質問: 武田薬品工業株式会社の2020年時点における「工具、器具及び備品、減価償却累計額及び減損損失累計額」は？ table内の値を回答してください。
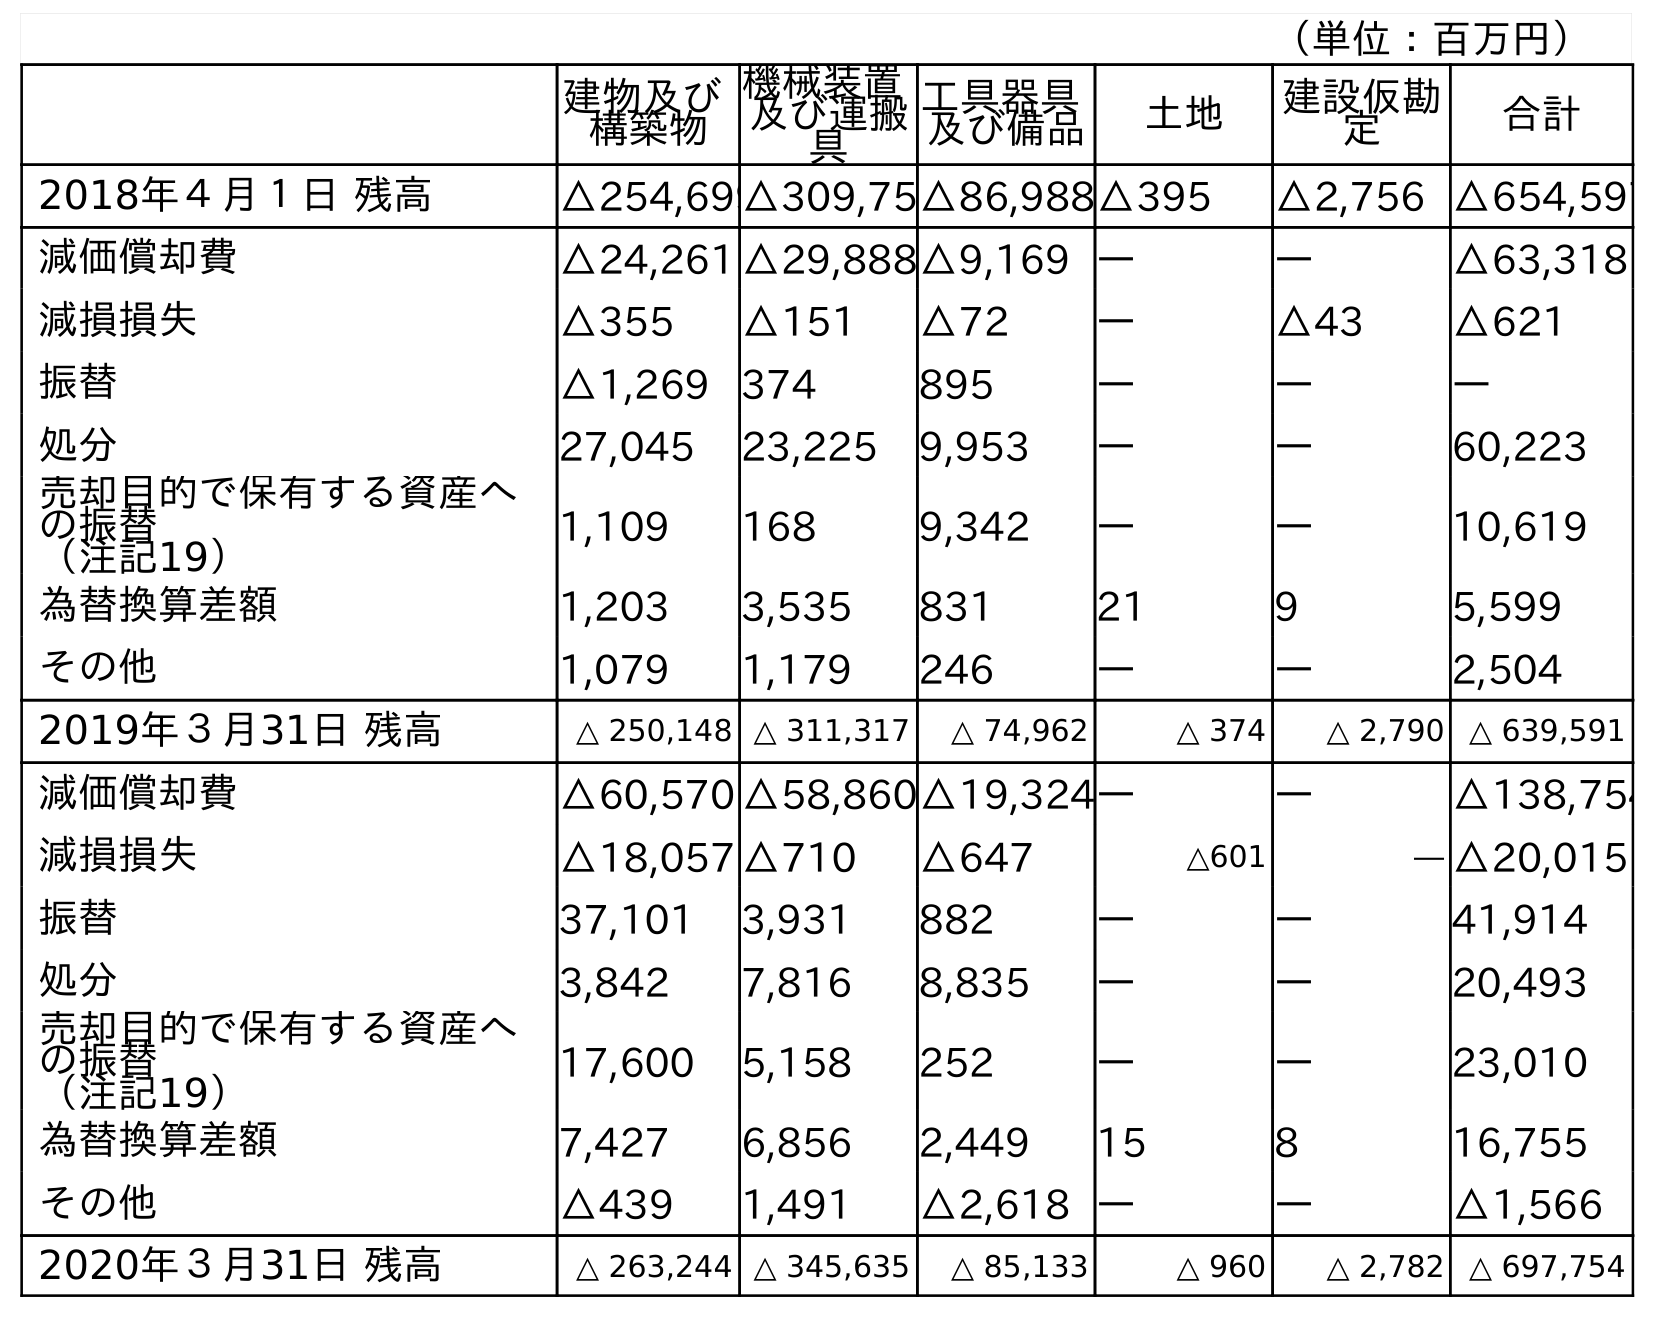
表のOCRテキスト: （単位：百万円） 建物及び 構築物 機械装置 及び運搬 具 工具器具 及び備品 土地 建設仮勘 定 合計 2018年４月１日 残高 △254,699△309,75△86,988△395 △2,756 △654,597 減価償却費 △24,261 △29,888△9,169 ― ― △63,318 減損損失 △355 △151 △72 ― △43 △621 振替 △1,269 374 895 ― ― ― 処分 27,045 23,225 9,953 ― ― 60,223 売却目的で保有する資産へ の振替 （注記19） 1,109 168 9,342 ― ― 10,619 為替換算差額 1,203 3,535 831 21 9 5,599 その他 1,079 1,179 246 ― ― 2,504 2019年３月31日 残高 △ 250,148 △ 311,317 △ 74,962 △ 374 △ 2,790 △ 639,591 減価償却費 △60,570 △58,860△19,324― ― △138,754 減損損失 △18,057 △710 △647 △601 ― △20,015 振替 37,101 3,931 882 ― ― 41,914 処分 3,842 7,816 8,835 ― ― 20,493 売却目的で保有する資産へ の振替 （注記19） 17,600 5,158 252 ― ― 23,010 為替換算差額 7,427 6,856 2,449 15 8 16,755 その他 △439 1,491 △2,618 ― ― △1,566 2020年３月31日 残高 △ 263,244 △ 345,635 △ 85,133 △ 960 △ 2,782 △ 697,754
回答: △85,133